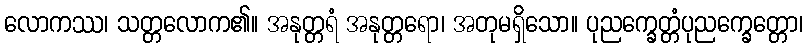
လောကဿ၊ သတ္တလောက၏။ အနုတ္တရံ အနုတ္တရော၊ အတုမရှိသော။ ပုညက္ခေတ္တံပုညက္ခေတ္တော၊